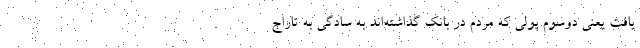
یافت یعنی دوسوم پولی که مردم در بانک گذاشته‌اند به سادگی به تاراج